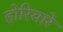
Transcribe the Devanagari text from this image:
होरियारे